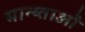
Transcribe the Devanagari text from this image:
मान्य्ताओं